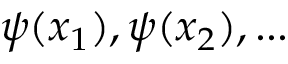
\psi ( x _ { 1 } ) , \psi ( x _ { 2 } ) , . . .